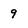
Character: 9